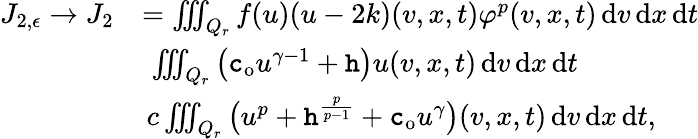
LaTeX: \begin{array}{rl}{J_{2,\epsilon}\to J_{2}}&{=\iiint_{Q_{r}}f(u)(u-2k)(v,x,t)\varphi^{p}(v,x,t)\, \mathrm{d}v\, \mathrm{d}x\, \mathrm{d}t}\\ &{\le\, \iiint_{Q_{r}}\big(\textup{\texttt{c}}_{\mathrm{o}}u^{\gamma-1}+\textup{\texttt{h}}\big)u(v,x,t)\, \mathrm{d}v\, \mathrm{d}x\, \mathrm{d}t}\\ &{\le\, c\iiint_{Q_{r}}\big(u^{p}+\mathtt{h}^{\frac{p}{p-1}}+\textup{\texttt{c}}_{\mathrm{o}}u^{\gamma}\big)(v,x,t)\, \mathrm{d}v\, \mathrm{d}x\, \mathrm{d}t,}\end{array}